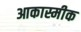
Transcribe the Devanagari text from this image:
आकास्मीक